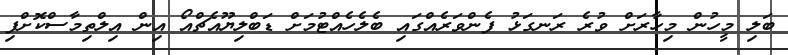
ބަލި މީހުން މިހާރަށް ވުރެ ރަނގަޅު ފެންވަރެއްގައި ބެލެހެއްޓުމަށް ޑަބްލިޔޫއެޗްއޯ އިން އިލްތިމާސްކޮށްފި